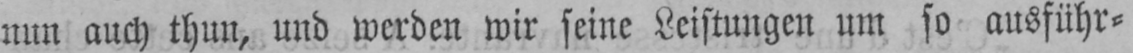
nun auch thun, und werden wir seine Leistungen um so ausführ⸗